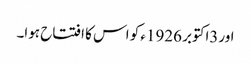
اور3اکتوبر 1926ء کو اس کا افتتاح ہوا۔